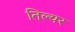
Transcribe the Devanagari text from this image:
तिल्यर